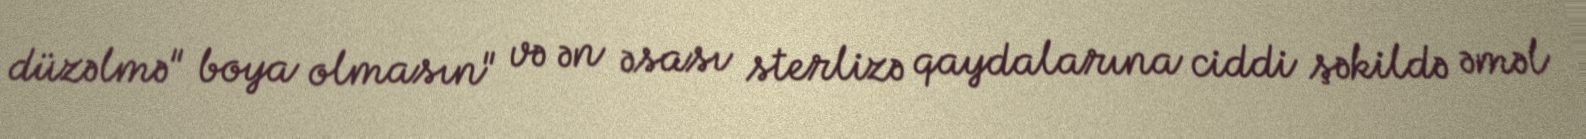
düzəlmə" boya olmasın" və ən əsası sterlizə qaydalarına ciddi şəkildə əməl